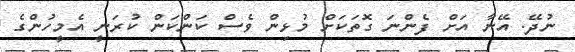
ނުދޭ. އޭނާ އަށް ފެންނަ ގޮތަކަށް މުޅިން ވެސް ކަންކަން ކުރަނީ އެމީހުންގެ